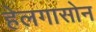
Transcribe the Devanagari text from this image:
हेलगासोन